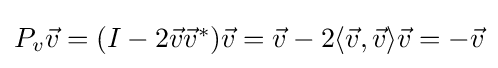
{\textstyle P_{v}{\vec {v}}=(I-2{\vec {v}}{\vec {v}}^{*}){\vec {v}}={\vec {v}}-2\langle {\vec {v}},{\vec {v}}\rangle {\vec {v}}=-{\vec {v}}}